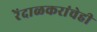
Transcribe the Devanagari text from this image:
रेंदाळकरांचेही